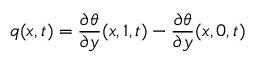
q ( x , t ) = \frac { \partial \theta } { \partial y } ( x , 1 , t ) - \frac { \partial \theta } { \partial y } ( x , 0 , t )